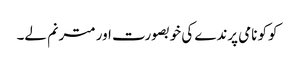
کوکو نامی پرندے کی خوبصورت اور مترنم لے۔